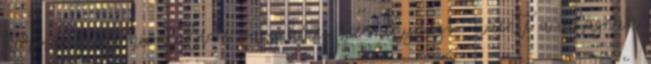
kormányzati hivatalnok, vagy híres személyiség” – üzente a világnak